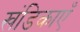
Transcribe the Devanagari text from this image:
खंडिकाएँ